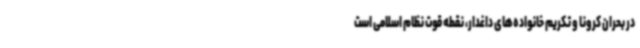
در بحران کرونا و تکریم خانواده‌های داغدار، نقطه قوت نظام اسلامی است